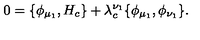
0 = \{ \phi _ { \mu _ { 1 } } , H _ { c } \} + \lambda _ { c } ^ { \nu _ { 1 } } \{ \phi _ { \mu _ { 1 } } , \phi _ { \nu _ { 1 } } \} .